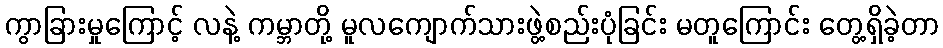
ကွာခြားမှုကြောင့် လနဲ့ ကမ္ဘာတို့ မူလကျောက်သားဖွဲ့စည်းပုံခြင်း မတူကြောင်း တွေ့ရှိခဲ့တာ